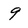
Character: 9